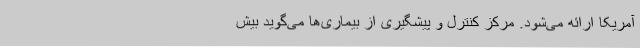
آمریکا ارائه می‌شود. مرکز کنترل و پیشگیری از بیماری‌ها می‌گوید بیش